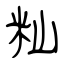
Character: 籼